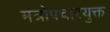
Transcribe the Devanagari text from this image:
मंत्रोपचारयुक्त